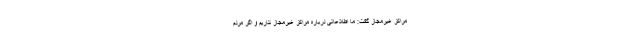
مراکز غیرمجاز گفت: ما اطلاعاتی درباره مراکز غیرمجاز نداریم و اگر مردم